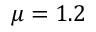
\mu = 1 . 2